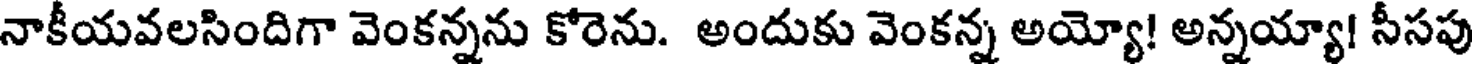
నాకీయవలసిందిగా వెంకన్నను కోరెను. అందుకు వెంకన్న అయ్యో! అన్నయ్యా! సీసపు